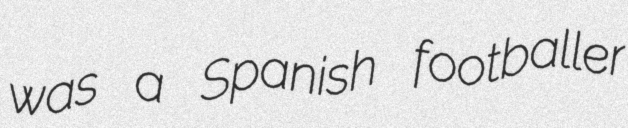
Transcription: was a Spanish footballer